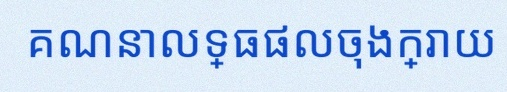
គណនាលទ្ធផលចុងក្រោយ